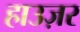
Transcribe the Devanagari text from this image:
हाउज़र